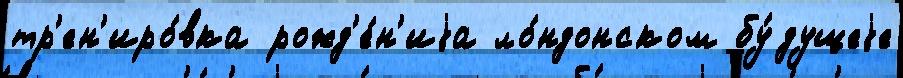
тр'ен'иро́вка рожд'е́н'иjа ло́ндонском бу́дущеjе